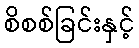
စိစစ်ခြင်းနှင့်